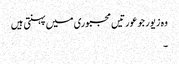
وہ زیور جو عورتیں مجبوری میں پہنتی ہیں
۔